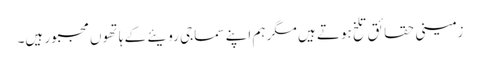
زمینی حقائق تلخ ہوتے ہیں مگر ہم اپنے سماجی رویئے کے ہاتھوں مجبور ہیں۔